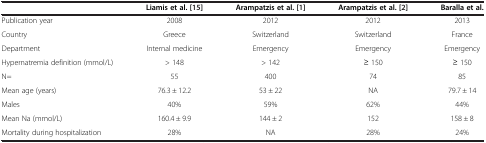
|  | Liamis et al. [15] | Arampatzis et al. [1] | Arampatzis et al. [2] | Baralla et al. |
 | --- | --- | --- | --- | --- |
 | Publication year | 2008 | 2012 | 2012 | 2013 |
 | Country | Greece | Switzerland | Switzerland | France |
 | Department | Internal medicine | Emergency | Emergency | Emergency |
 | Hypernatremia definition (mmol/L) | > 148 | > 142 | ≥ 150 | ≥ 150 |
 | N= | 55 | 400 | 74 | 85 |
 | Mean age (years) | 76.3 ± 12.2 | 53 ± 22 | NA | 79.7 ± 14 |
 | Males | 40% | 59% | 62% | 44% |
 | Mean Na (mmol/L) | 160.4 ± 9.9 | 144 ± 2 | 152 | 158 ± 8 |
 | Mortality during hospitalization | 28% | NA | 28% | 24% |